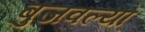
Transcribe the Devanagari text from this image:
बुजवल्या